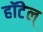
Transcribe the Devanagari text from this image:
हॉटेल्